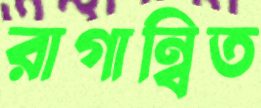
রাগান্বিত